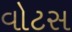
વોટસ